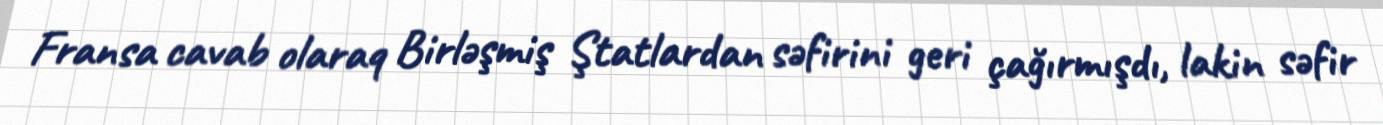
Fransa cavab olaraq Birləşmiş Ştatlardan səfirini geri çağırmışdı, lakin səfir